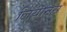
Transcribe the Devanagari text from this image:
लियानेस